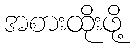
အစားထိုးဖို့